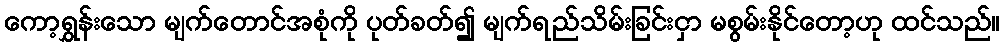
ကော့ရွှန်းသော မျက်တောင်အစုံကို ပုတ်ခတ်၍ မျက်ရည်သိမ်းခြင်းငှာ မစွမ်းနိုင်တော့ဟု ထင်သည်။